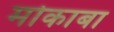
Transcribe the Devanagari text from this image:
मोकाबा